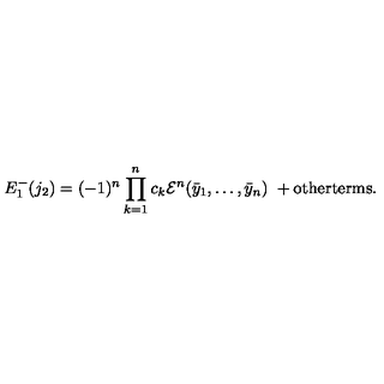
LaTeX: E _ { 1 } ^ { - } ( j _ { 2 } ) = ( - 1 ) ^ { n } \prod _ { k = 1 } ^ { n } c _ { k } { \cal E } ^ { n } ( \bar { y } _ { 1 } , \dots , \bar { y } _ { n } ) \ + \mathrm { o t h e r t e r m s } .